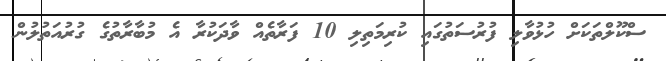
ސްކޫލްތަކަށް ހުޅުވާލި ފުރުސަތުގައި ކުރިމަތިލި 10 ފަރާތެއް ވާދަކުރާ އެ މުބާރާތުގެ ގުރުއަތުލުން